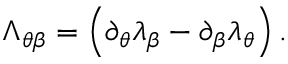
\Lambda _ { \theta \beta } = \left( \partial _ { \theta } \lambda _ { \beta } - \partial _ { \beta } \lambda _ { \theta } \right) .